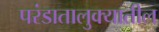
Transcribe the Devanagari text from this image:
परंडातालुक्यातील